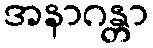
အနာဂန္တာ